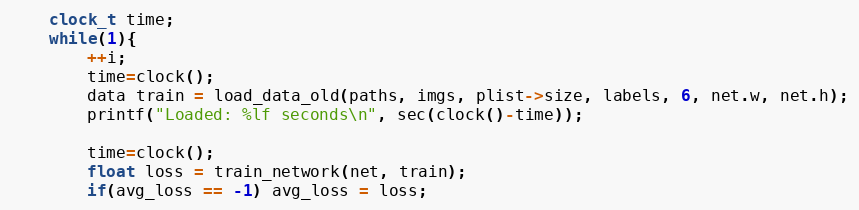
Language: C
    clock_t time;
    while(1){
        ++i;
        time=clock();
        data train = load_data_old(paths, imgs, plist->size, labels, 6, net.w, net.h);
        printf("Loaded: %lf seconds\n", sec(clock()-time));

        time=clock();
        float loss = train_network(net, train);
        if(avg_loss == -1) avg_loss = loss;